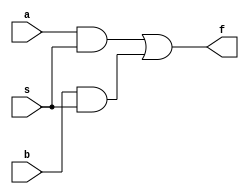
// GATE LEVEL MODELLING
module mux2to1_gate(a, b, s, f);
    input a, b, s;
    output f;
    wire c, d, e;

    not n1(not_s, s);
    and a1(a_and_s, a, s);
    and a2(b_and_s, b, s);
    or o1(f, a_and_s, b_and_s);
endmodule

//DATA FLOW MODELLING
module mux2to1_df(a, b, s, f);
    input a,b,s;
    output f;
    assign f = s ? a: b;
endmodule

// BEHAVIOURAL MODELLING
module mux2to1_beh(a, b, s, f);
    input a, b, s;
    output f;
    reg f;
    always@ (s or a or b)
        if(s == 1) f = a;
        else f = b;
endmodule

// TESTBENCH
module testbench;
    reg  a, b, s;
    wire f;

    mux2to1_gate mux_gate(a, b, s, f);
    initial
        begin
            $monitor (, $time, " a = %b, b = %b, s = %b, f = %b", a, b, s, f);
            #0 a = 1'b0;b=1'b1;
            #2 s = 1'b1;
            #5 s = 1'b0;
            #10 a = 1'b1;b=1'b0;
            #15 s = 1'b1;
            #20 s = 1'b0;
            #100 $finish;
        end

    initial
        begin
            $dumpfile("waveform.vcd"); 
            $dumpvars;
        end
endmodule